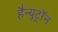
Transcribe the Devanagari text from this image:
हैन्यूट्रॉन